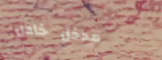
مدخل خاص